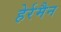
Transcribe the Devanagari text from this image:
हेर्रमैन